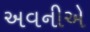
અવનીએ